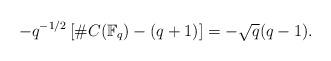
LaTeX: \begin{align*}-q^{-1/2}\left[\#C(\mathbb F_q)-(q+1)\right]=-\sqrt{q}(q-1).\end{align*}